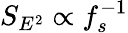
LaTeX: S_{E^{2}}\propto f_{s}^{-1}